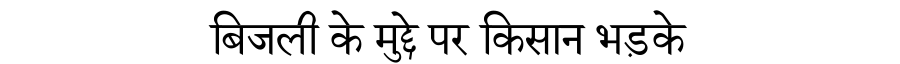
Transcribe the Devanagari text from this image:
बिजली के मुद्दे पर किसान भड़के